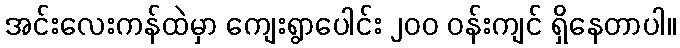
အင်းလေးကန်ထဲမှာ ကျေးရွာပေါင်း ၂၀၀ ဝန်းကျင် ရှိနေတာပါ။